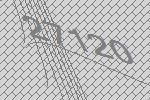
27120